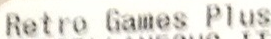
Retro Games Plus